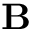
{ \mathbf { B } }